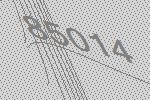
85014